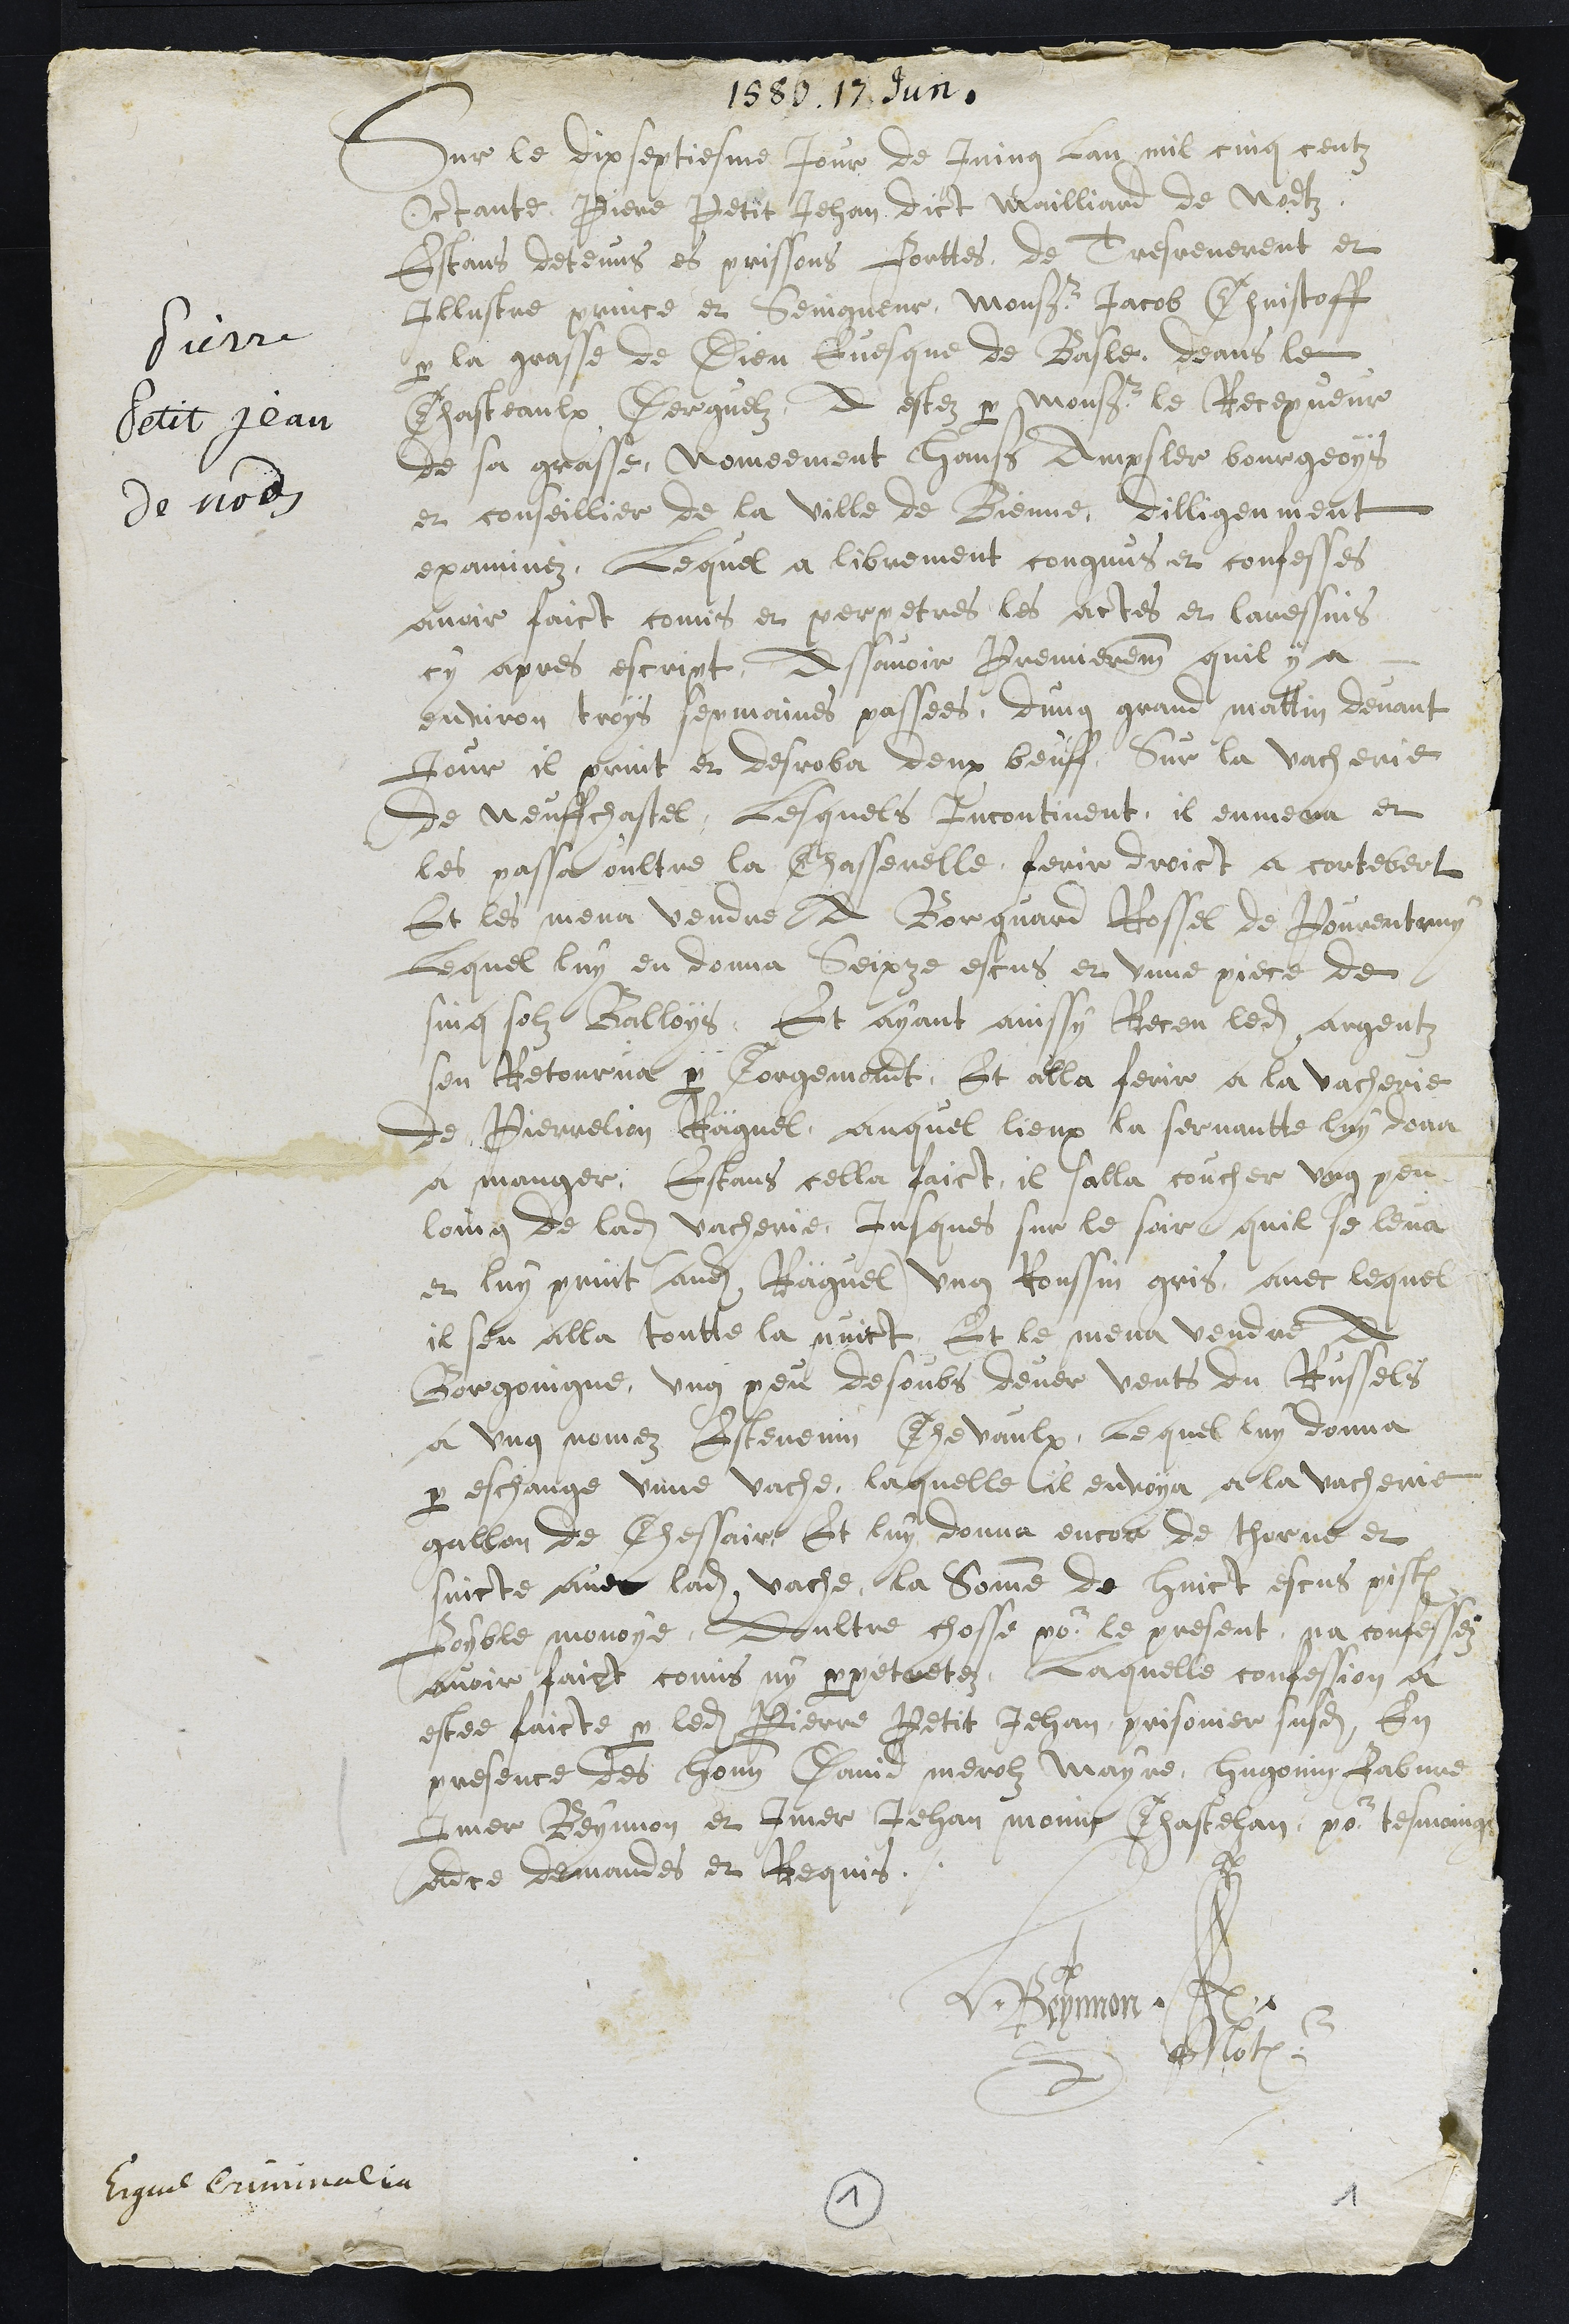
1590. 17. Jun.
Pierre
Petit Jean
de nods
Sur le dix septiesme jour de Juing lan mil cinq centz
Octante, Piere Petit Jehan dict Mailliard de Nodtz
Estans detenus es prissons forttes de Tres reverent et
Illustre prince et Seingneur, Monseigneur Jacob Christoff
par la grasse de Dieu Evesque de Basle, deans le
Chasteaulx Derguelz A estez par Monsieur le Recepveur
de sa grasse, Nomeement Hans Ampsler bourgeoys
et conseillier de la Ville de Bienne, dilligenment
examinez, Lequel a librement congnus et confesses
avoir faict comis et perpetres les actes et laressins
cy apres escript, Assavoir Premierement quil y a
environ trois sepmaines passees, dung grand mattin devant
jour il print et desroba deux beuff, Sur la vacherie
de Neuffchastel, Lesquels incontinent, il enmena et
les passa oultre la Chasserelle, ferir droict a cortebert
Et les mena vendre A Bourquard Rossel de Pourentruy
Lequel luy en donna Seixze escus et unne piece de
sinq solz Balloys, Et ayant ainssy Receu ledit argentz,
sen Retourna par Corgemondt, Et alla ferir a la vacherie
de Pierrellion Räguel auquel lieux la servantte luy dona
a manger, Estans cella faict, il salla coucher ung peu
loing de ladite vacherie, jusques sur le soir quil se leva
et luy print (audit Räguel) ung Roussin gris, avec lequel
il sen alla toutte la nuict Et le mena vendre A
Borgoingne, ung peu desoubs dever vents du Russels
a ung nomez Estevenin Chevaulx, Lequel luy donna
par eschange unne vache, laquelle il envoya a la vacherie
gallon de Chessair Et luy donna encor de thorne et
suicte avec ladite vache, la Somme de huict escus pist
Foyble monoye, Doultre chose pour le present na confessez
avoir faict comis ny perpetretez. Laquelle confession a
estee faicte par ledit Pierre Petit Jehan prisonier susdit En
presence des honnetes David merolz mayre, Hugonin Fabvre
Imer Beynon et Imer Jehan monin Chastelan, pour tesmoings
adce demandes et Requis
HBeynnon
Not
Erguel Criminallia
1
1